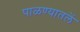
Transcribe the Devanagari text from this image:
पाळण्यातलें